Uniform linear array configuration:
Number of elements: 16
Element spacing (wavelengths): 0.25
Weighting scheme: cosine
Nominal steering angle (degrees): -30
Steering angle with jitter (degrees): -28.039
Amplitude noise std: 0.05
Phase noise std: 0.05

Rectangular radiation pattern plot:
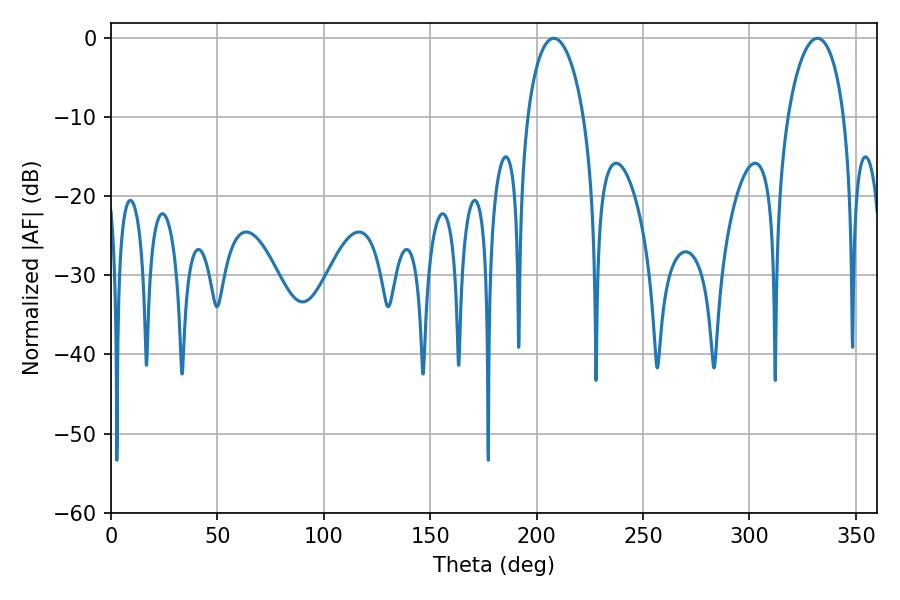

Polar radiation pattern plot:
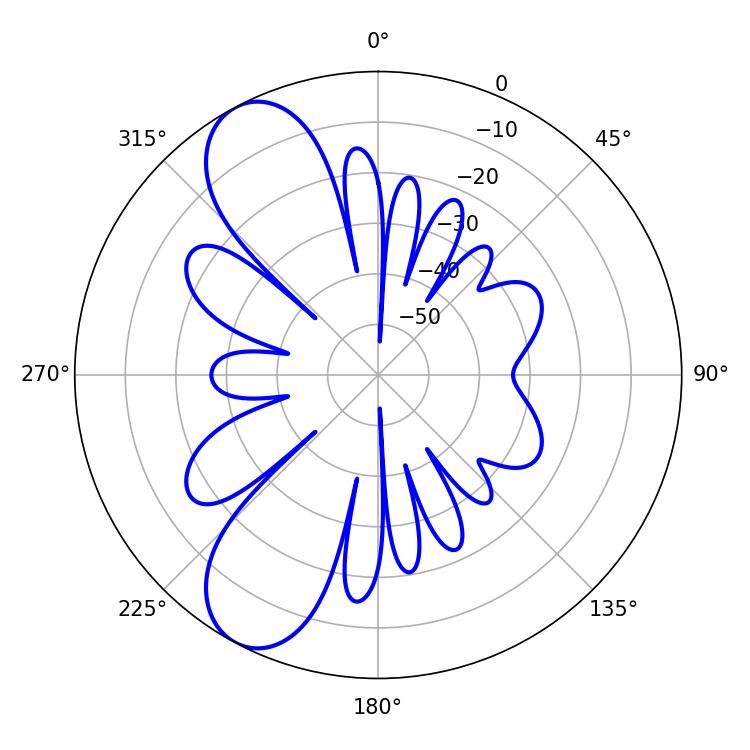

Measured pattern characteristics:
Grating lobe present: FALSE
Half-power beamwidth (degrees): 15.12
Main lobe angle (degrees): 208.08